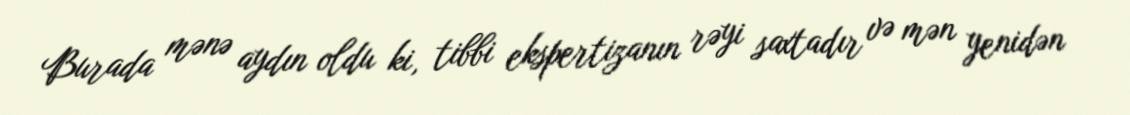
Burada mənə aydın oldu ki, tibbi ekspertizanın rəyi saxtadır və mən yenidən